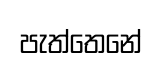
පැත්තෙනේ